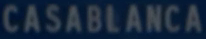
CASABLANCA